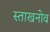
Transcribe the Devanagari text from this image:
स्ताखनोव